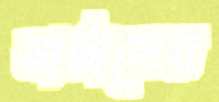
নাটালের